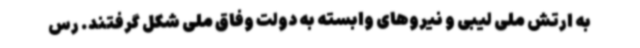
به ارتش ملی لیبی و نیروهای وابسته به دولت وفاق ملی شکل گرفتند. رس